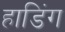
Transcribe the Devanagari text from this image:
हाडिंग